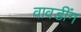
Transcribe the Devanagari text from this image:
वावडींग